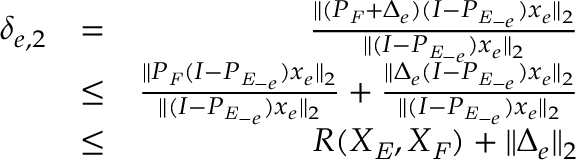
\begin{array} { r l r } { \delta _ { e , 2 } } & { = } & { \frac { \| ( P _ { \mathit { F } } + \Delta _ { e } ) ( I - P _ { \mathit { E } _ { - e } } ) x _ { e } \| _ { 2 } } { \| ( I - P _ { \mathit { E } _ { - e } } ) x _ { e } \| _ { 2 } } } \\ & { \leq } & { \frac { \| P _ { \mathit { F } } ( I - P _ { \mathit { E } _ { - e } } ) x _ { e } \| _ { 2 } } { \| ( I - P _ { \mathit { E } _ { - e } } ) x _ { e } \| _ { 2 } } + \frac { \| \Delta _ { e } ( I - P _ { \mathit { E } _ { - e } } ) x _ { e } \| _ { 2 } } { \| ( I - P _ { \mathit { E } _ { - e } } ) x _ { e } \| _ { 2 } } } \\ & { \leq } & { R ( X _ { \mathit { E } } , X _ { \mathit { F } } ) + \| \Delta _ { e } \| _ { 2 } } \end{array}